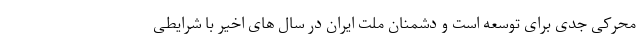
محرکی جدی برای توسعه است و دشمنان ملت ایران در سال های اخیر با شرایطی